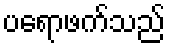
ပရောဖက်သည်